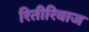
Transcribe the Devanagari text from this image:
रितीरिवाज